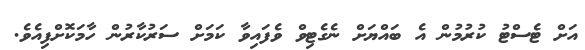
އަށް ޓެސްޓު ކުރުމުން އެ ބައްޔަށް ނެގެޓިވް ވެފައިވާ ކަމަށް ސަރުކާރުން ހާމަކޮށްފިއެވެ.